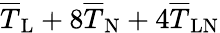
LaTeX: \overline{{T}}_{\mathrm{L}}+8\overline{{T}}_{\mathrm{N}}+4\overline{{T}}_{\mathrm{LN}}